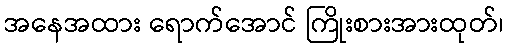
အနေအထား ရောက်အောင် ကြိုးစားအားထုတ်၊